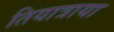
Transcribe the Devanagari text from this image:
तियात्राया